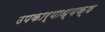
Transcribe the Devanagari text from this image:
उपकार्याध्यक्ष